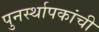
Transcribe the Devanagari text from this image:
पुनर्स्थापकांची